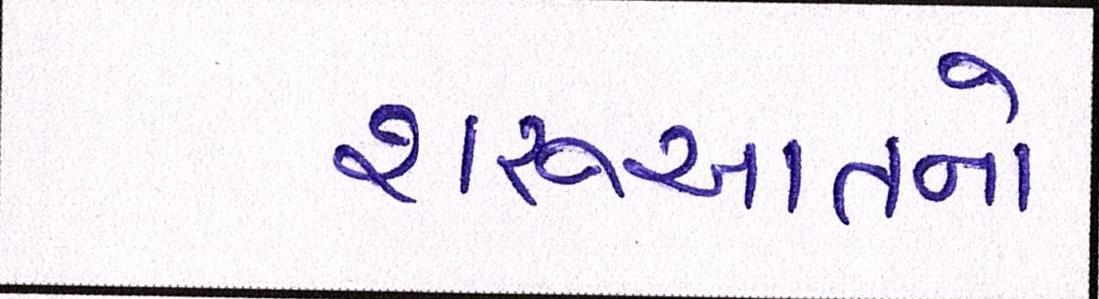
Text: શરૂઆતનો